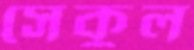
সেকুল